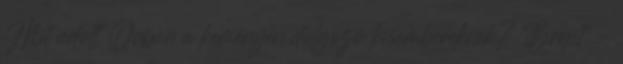
Mit adott Orbán a keményen dolgozó kisembereknek? Brexit -